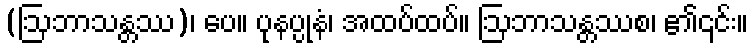
(ဩဘာသန္တဿ)၊ ပေ။ ပုနပ္ပုနံ၊ အထပ်ထပ်။ ဩဘာသန္တဿစ၊ ၏၎င်း။